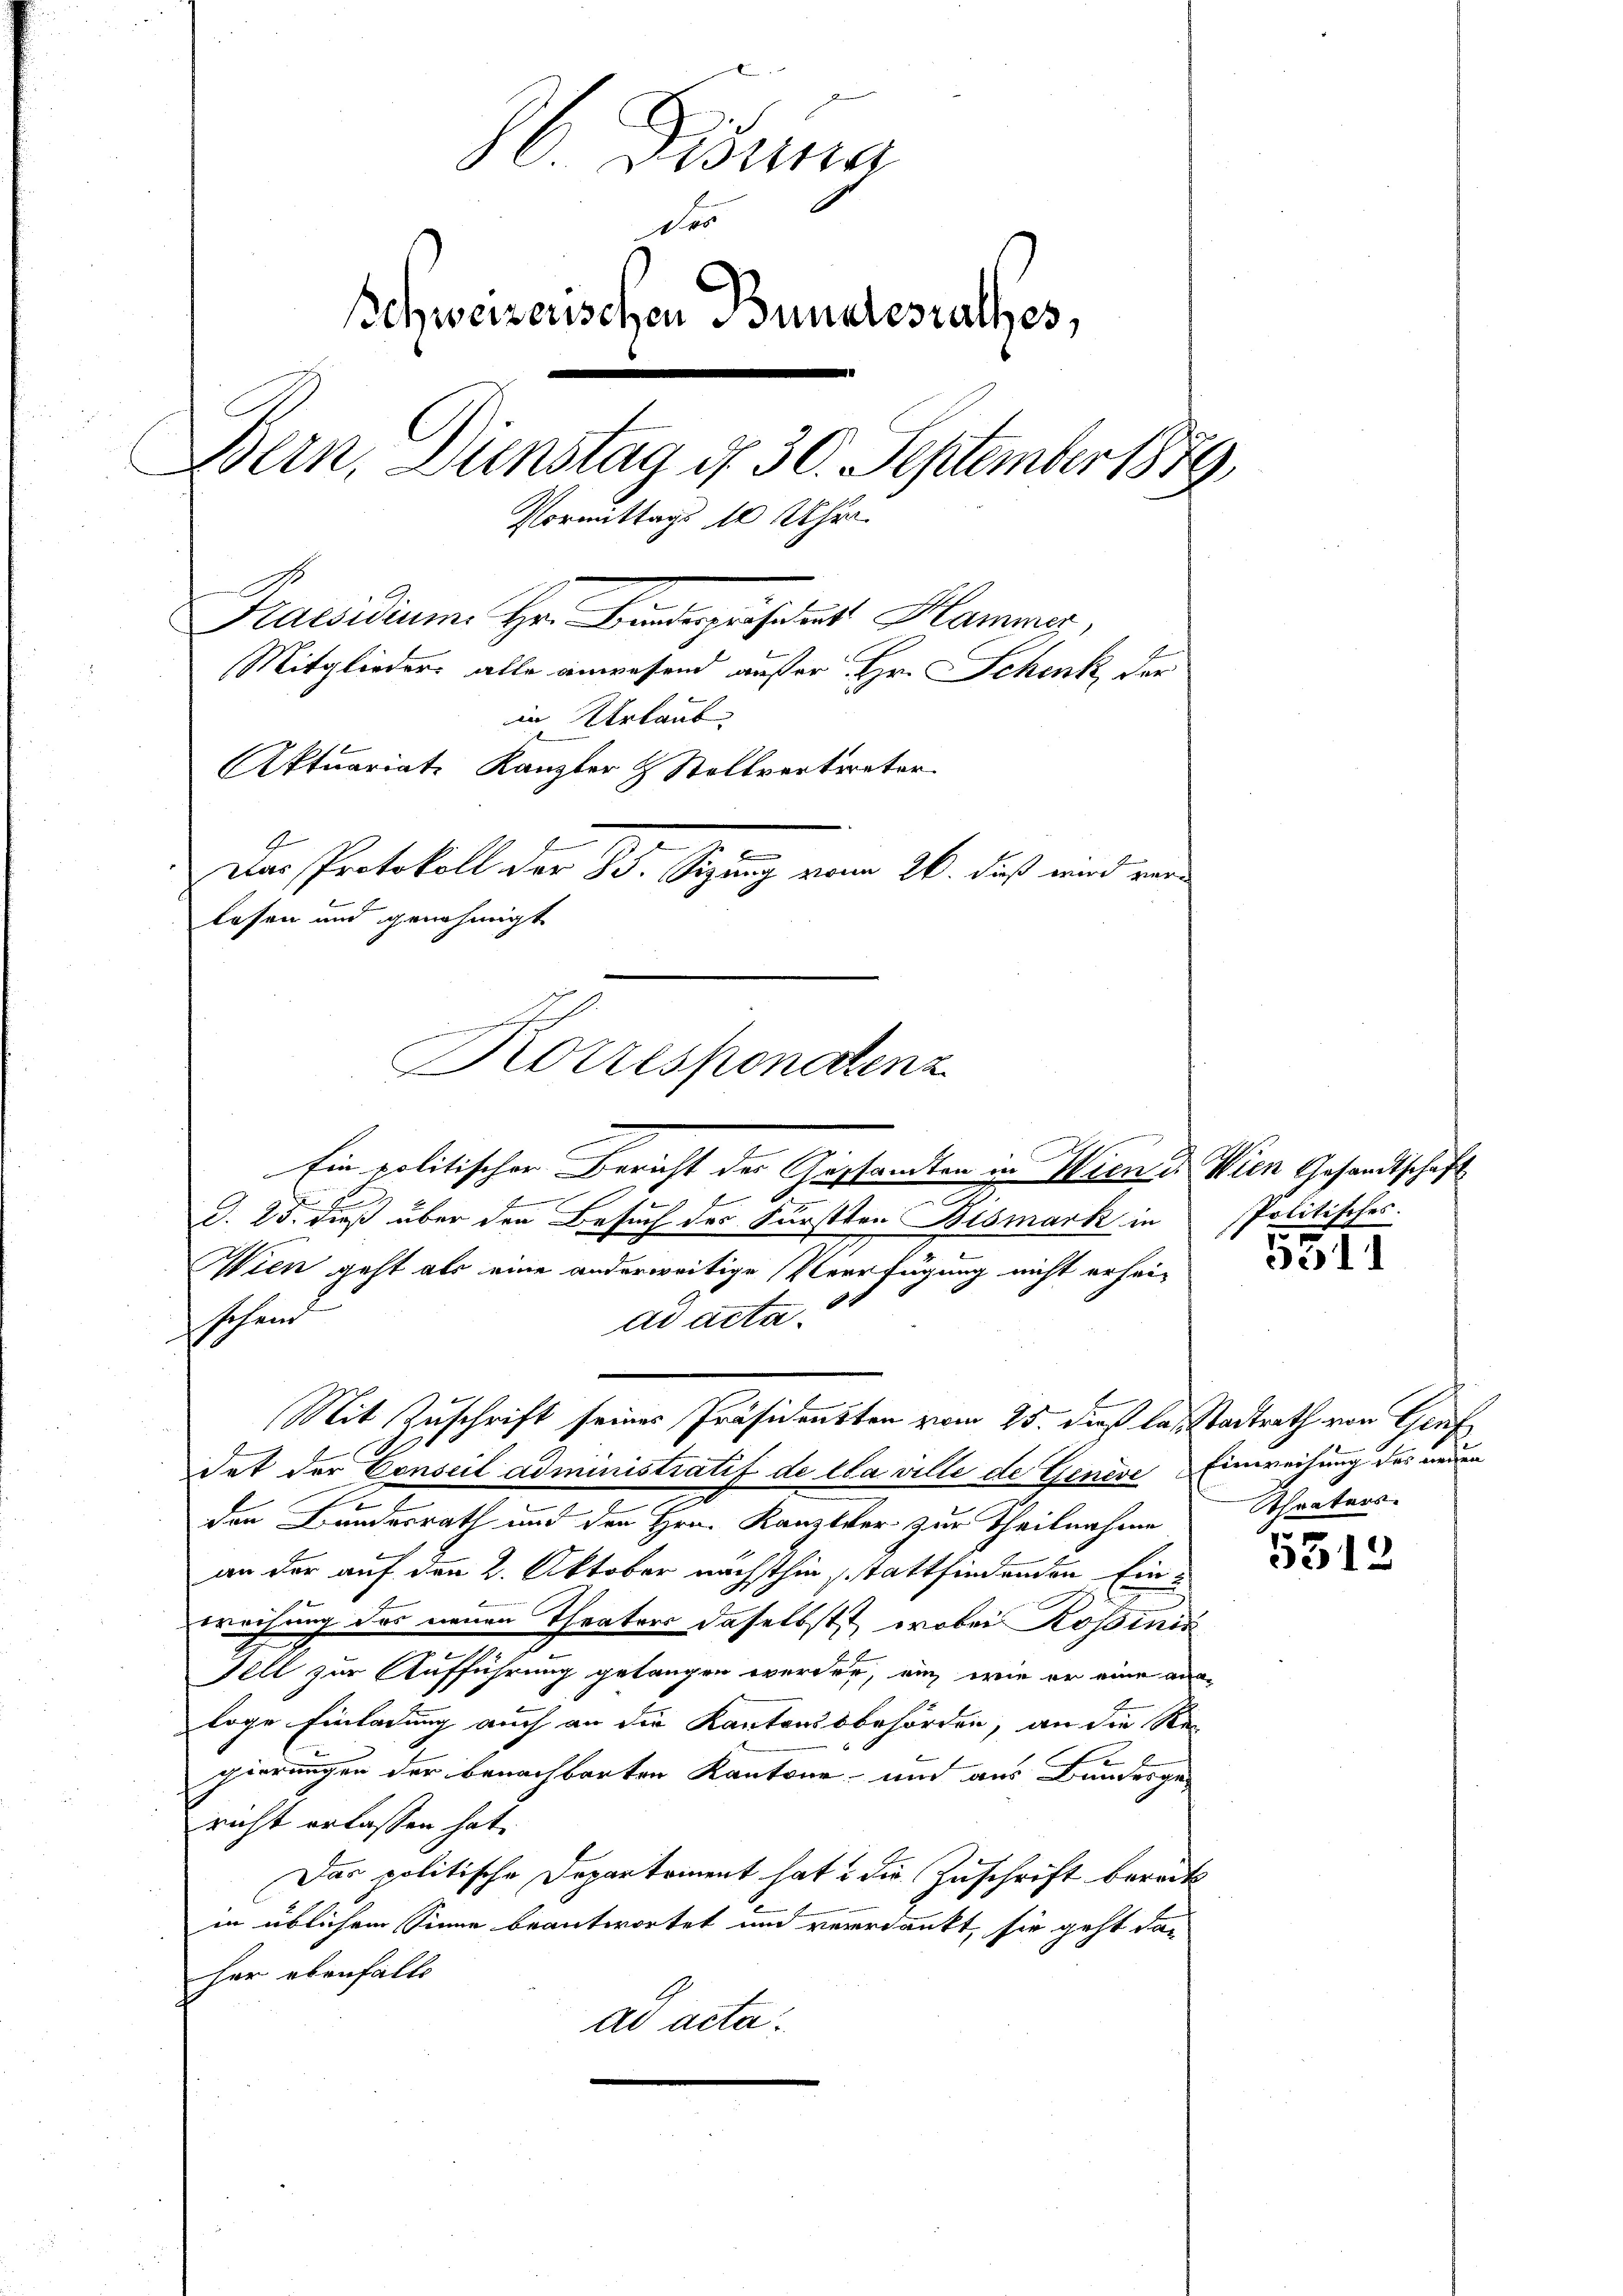
86. Dierna
Des
Schweizerischen Bundesrathes,
Bern, Dienstag d. 30. September 1879
Vormittags 10 Uhr
Praesidium. Hr. Bindegehrer Klammes,
Mitglieder alle anwesend außer Hr. Schenk der
in Urlaub
Aktuariat-Kanzler & Stellvertreter
-
Das Protokoll der B. Sigung vom 26. Fuß wird verlasen und genehmigt

i
Korresponaten z

Ein politischen Bericht der Gestandten in Wien d. Wien Gesandtschaft
.
.
f
1
§. 25. dieß über den Besuch des Fürstten Bismark in
Wien geht als eine anderweitige Verfügung nicht erheischeid
ad acta.
Mit Zuschrift seines Präsidenten vom 25. dieß lasstadtrath von Gies
1
dat der Conseil administratif de la ville de Geneve Einweisung des neuen
E
den Bundesrath und den Hrn. Kanzler zur Theilnahme
an der auf den 2. Oktober nächsthin stattfindenden Einweihung des neuen Theaters daselbst, wobei Rossinis
Fell zur Aufführung gelangen werden, ein, wie er eine aus-
loge Einladung auch an die Kantonssbehörden, an die Re
gierungen der benachbarten Kantone und aus Bunderge-
richt erlassen hat.
Das politische Departement hat die Zuschrift bereits
in üblichem Sinne beantwortet und vererdankt, sie geht das
her ebenfalls
ad acta.

Politisches.

5311

Khraters

5312